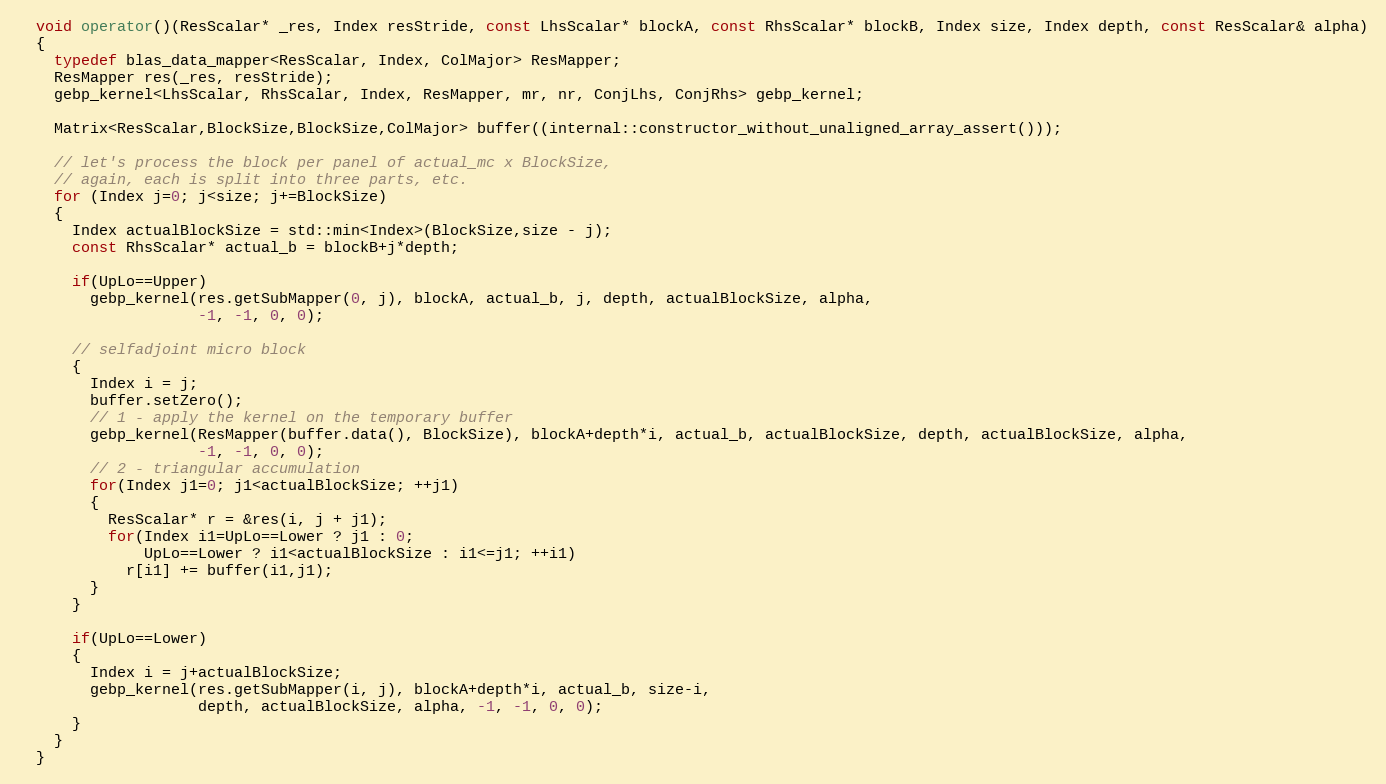
Language: C
  void operator()(ResScalar* _res, Index resStride, const LhsScalar* blockA, const RhsScalar* blockB, Index size, Index depth, const ResScalar& alpha)
  {
    typedef blas_data_mapper<ResScalar, Index, ColMajor> ResMapper;
    ResMapper res(_res, resStride);
    gebp_kernel<LhsScalar, RhsScalar, Index, ResMapper, mr, nr, ConjLhs, ConjRhs> gebp_kernel;

    Matrix<ResScalar,BlockSize,BlockSize,ColMajor> buffer((internal::constructor_without_unaligned_array_assert()));

    // let's process the block per panel of actual_mc x BlockSize,
    // again, each is split into three parts, etc.
    for (Index j=0; j<size; j+=BlockSize)
    {
      Index actualBlockSize = std::min<Index>(BlockSize,size - j);
      const RhsScalar* actual_b = blockB+j*depth;

      if(UpLo==Upper)
        gebp_kernel(res.getSubMapper(0, j), blockA, actual_b, j, depth, actualBlockSize, alpha,
                    -1, -1, 0, 0);

      // selfadjoint micro block
      {
        Index i = j;
        buffer.setZero();
        // 1 - apply the kernel on the temporary buffer
        gebp_kernel(ResMapper(buffer.data(), BlockSize), blockA+depth*i, actual_b, actualBlockSize, depth, actualBlockSize, alpha,
                    -1, -1, 0, 0);
        // 2 - triangular accumulation
        for(Index j1=0; j1<actualBlockSize; ++j1)
        {
          ResScalar* r = &res(i, j + j1);
          for(Index i1=UpLo==Lower ? j1 : 0;
              UpLo==Lower ? i1<actualBlockSize : i1<=j1; ++i1)
            r[i1] += buffer(i1,j1);
        }
      }

      if(UpLo==Lower)
      {
        Index i = j+actualBlockSize;
        gebp_kernel(res.getSubMapper(i, j), blockA+depth*i, actual_b, size-i,
                    depth, actualBlockSize, alpha, -1, -1, 0, 0);
      }
    }
  }